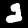
Digit: 2